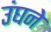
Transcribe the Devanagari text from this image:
उंघने